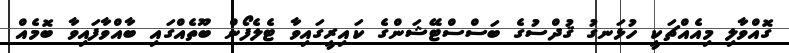
ގޮއްވާލި މިއެއްޗަކީ ހުޅަނގު ޤުދްސުގެ ބަސްސްޓޭޝަންގެ ކައިރީގައިވާ ޓެލެފޯން ބޫތެއްގައި ބާއްވާފައިވާ ބޮމެއް